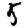
Digit: 5